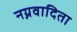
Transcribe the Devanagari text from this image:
नग्नवादिता